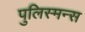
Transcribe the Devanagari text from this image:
पुलिस्मन्स